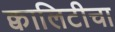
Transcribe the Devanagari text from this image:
क्वालिटीचा